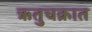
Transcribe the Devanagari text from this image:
ऋतुचक्रात